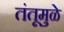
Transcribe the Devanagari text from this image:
तंतूमुळे